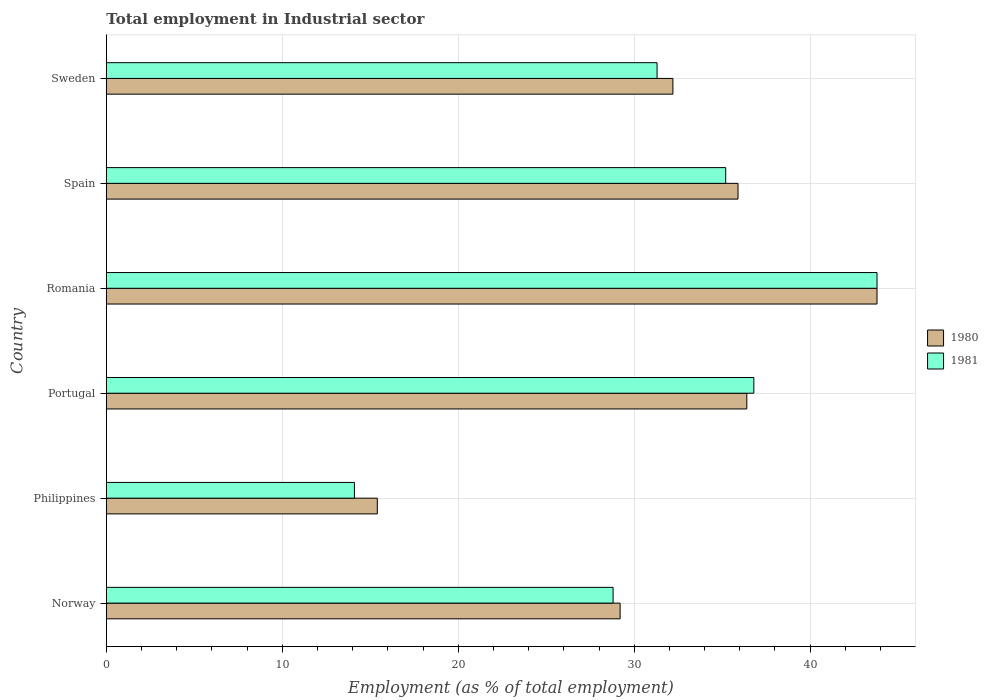
| Country | 1980 | 1981 |
 | --- | --- | --- |
 | Norway | 29.2 | 28.8 |
 | Philippines | 15.4 | 14.1 |
 | Portugal | 36.4 | 36.8 |
 | Romania | 43.8 | 43.8 |
 | Spain | 35.9 | 35.2 |
 | Sweden | 32.2 | 31.3 |